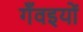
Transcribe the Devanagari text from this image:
गँवइयों